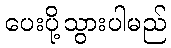
ပေးပို့သွားပါမည်